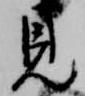
見